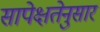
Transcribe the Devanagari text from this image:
सापेक्षतेनुसार